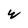
Character: w